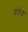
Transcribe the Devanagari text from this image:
ग्रंलंड